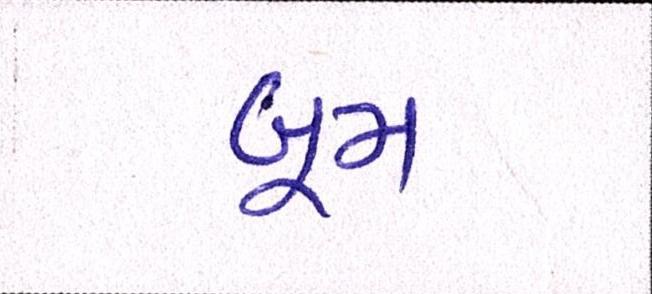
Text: બૂમ